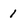
Character: 1